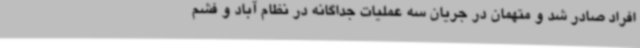
افراد صادر شد و متهمان در جریان سه عملیات جداگانه در نظام آباد و فشم